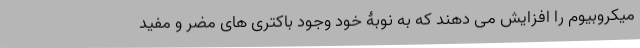
میکروبیوم را افزایش می دهند که به نوبۀ خود وجود باکتری های مضر و مفید